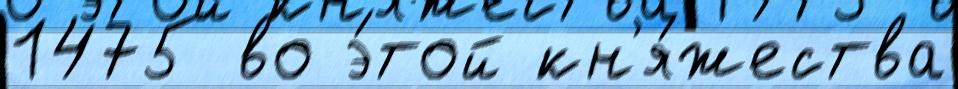
1475 во э́той кн'я́жества